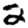
Digit: 2